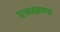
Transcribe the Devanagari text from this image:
एअरक्राप्ट